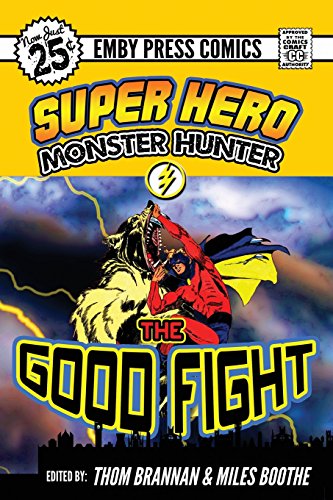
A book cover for Superhero Monster Hunter: The Good Fight; Science Fiction & Fantasy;